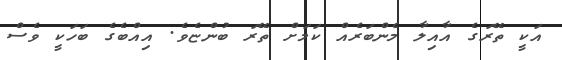
އަކީ ތޭރަގެ އާއިލާ މެންބަރެއް ކަމަށް ތޭރަ ބުންޏެވެ. އިއްބެގެ ބަހަކީ ވެސް